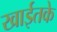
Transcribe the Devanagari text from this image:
खाईतके